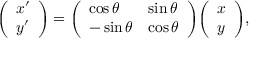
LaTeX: { \left( \begin{array} { l } { x ^ { \prime } } \\ { y ^ { \prime } } \end{array} \right) } = { \left( \begin{array} { l l } { \cos \theta } & { \sin \theta } \\ { - \sin \theta } & { \cos \theta } \end{array} \right) } { \left( \begin{array} { l } { x } \\ { y } \end{array} \right) } ,